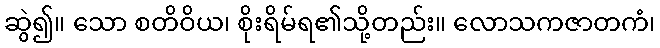
ဆွဲ၍။ သော စတိဝိယ၊ စိုးရိမ်ရ၏သို့တည်း။ လောသကဇာတကံ၊